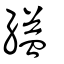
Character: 縊